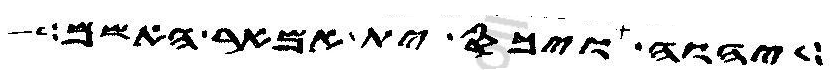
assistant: יהוה ויכס ית אמאר האשם